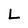
Character: L